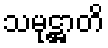
သမုဋ္ဌာတိ